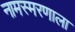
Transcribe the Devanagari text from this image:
नामस्मरणाला